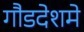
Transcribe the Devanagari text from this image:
गौडदेशमे